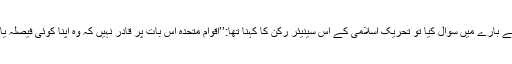
جس وقت مہرنیوز کے نامہ نگار نے اقوام متحدہ یا انسانی حقوق کی عالمی تنظیموں کے کردار کے بارے میں سوال کیا تو تحریک اسلامی کے اس سینیئر رکن کا کہنا تھا:’’اقوام متحدہ اس بات پر قادر نہیں کہ وہ اپنا کوئی فیصلہ یا حکم امریکہ کو رضامند کئے بغیر نافذ کرا سکے اور مستقل اسرائیل کے سامنے سراپا تسلیم ہے۔